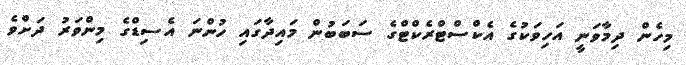
މިހެން ދިމާވަނީ އަހިވަކުގެ އެކްސްޓްރެކްޓްގެ ސަބަބުން މައިދާގައި ހުންނަ އެސިޑްގެ މިންވަރު ދަށްވެ